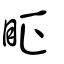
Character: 眐